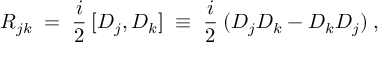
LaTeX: R _ { j k } \; = \; \frac { i } { 2 } \: [ D _ { j } , D _ { k } ] \; \equiv \; \frac { i } { 2 } \: ( D _ { j } D _ { k } - D _ { k } D _ { j } ) \; ,